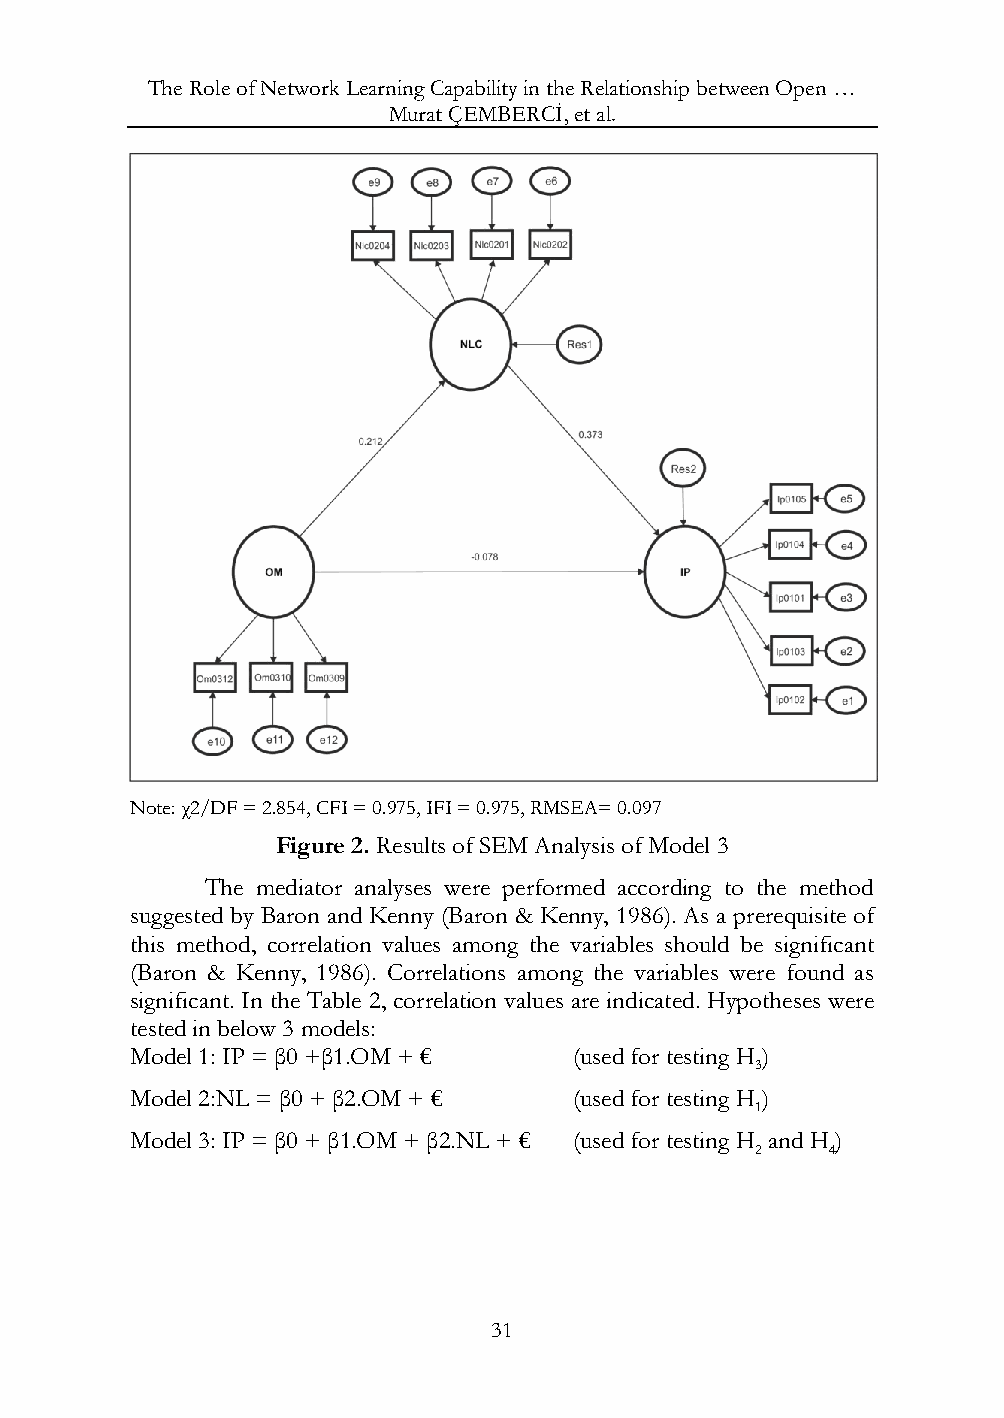
The Role of Network Learning Capability in the Relationship between Open …
 Murat ÇEMBERCİ, et al.
 Note: χ2/DF = 2.854, CFI = 0.975, IFI = 0.975, RMSEA= 0.097
 Figure 2. Results of SEM Analysis of Model 3
 The mediator analyses were performed according to the method
 suggested by Baron and Kenny (Baron & Kenny, 1986). As a prerequisite of
 this method, correlation values among the variables should be significant
 (Baron & Kenny, 1986). Correlations among the variables were found as
 significant. In the Table 2, correlation values are indicated. Hypotheses were
 tested in below 3 models:
 Model 1: IP = β0 +β1.OM + €  (used for testing H )
 3
 Model 2:NL = β0 + β2.OM + €  (used for testing H )
 1
 Model 3: IP = β0 + β1.OM + β2.NL + € (used for testing H and H )
 2    4
 31